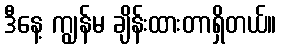
ဒီနေ့ ကျွန်မ ချိန်းထားတာရှိတယ်။